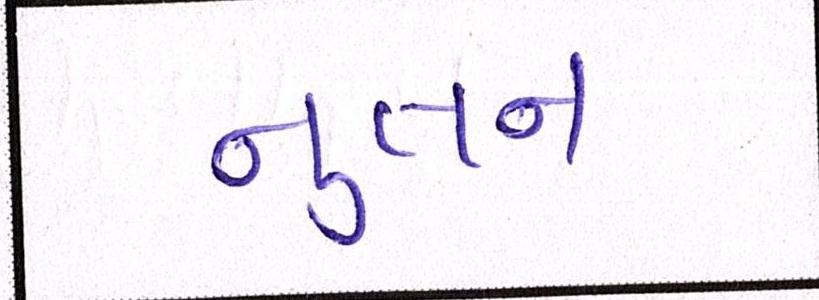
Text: નુતન